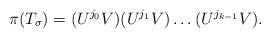
LaTeX: \begin{align*}\pi(T_\sigma)=(U^{j_0}V)(U^{j_1}V) \dots (U^{j_{k-1}}V).\end{align*}